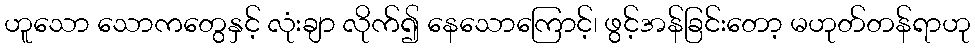
ဟူသော သောကတွေနှင့် လုံးချာ လိုက်၍ နေသောကြောင့်၊ ဖွင့်အန်ခြင်းတော့ မဟုတ်တန်ရာဟု